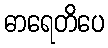
ဓာရေတိပေ